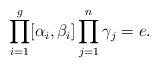
LaTeX: \begin{align*}\prod_{i=1}^g[\alpha_i,\beta_i]\prod_{j=1}^n\gamma_j=e.\end{align*}